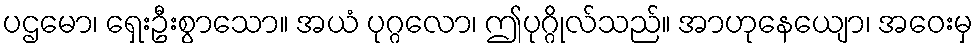
ပဌမော၊ ရှေးဦးစွာသော။ အယံ ပုဂ္ဂလော၊ ဤပုဂ္ဂိုလ်သည်။ အာဟုနေယျော၊ အဝေးမှ